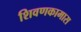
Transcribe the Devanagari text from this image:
शिवणकामास